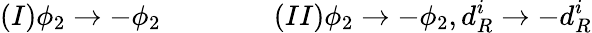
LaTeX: (I)\phi_{2}\rightarrow-\phi_{2}\qquad\qquad(II)\phi_{2}\rightarrow-\phi_{2},d_{R}^{i}\rightarrow-d_{R}^{i}